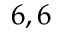
6 , 6